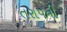
તરાપની